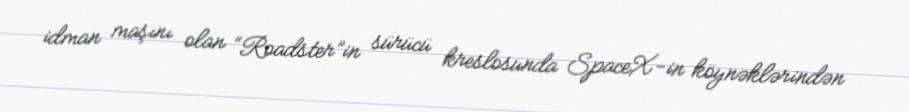
idman maşını olan “Roadster”in sürücü kreslosunda SpaceX-in köynəklərindən